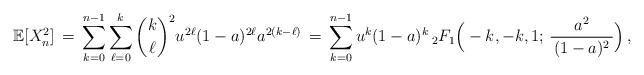
LaTeX: \begin{align*}\mathbb E [ X_{n}^{2}] \, =\, \sum_{k=0}^{n-1}\sum_{\ell=0}^{k} {k \choose \ell} ^{2} u^{2\ell} ( 1- a)^{2\ell} a^{2(k-\ell)} \, =\, \sum_{k=0}^{n-1} u^{k} (1-a)^{k} \, _{2} F_{1} \Big( -k, -k, 1 ; \, \frac{a^{2}}{\, ( 1-a)^{2}\, }\Big) \, , \end{align*}